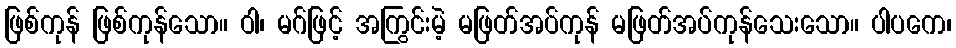
ဖြစ်ကုန် ဖြစ်ကုန်သော။ ဝါ၊ မဂ်ဖြင့် အကြွင်းမဲ့ မဖြတ်အပ်ကုန် မဖြတ်အပ်ကုန်သေးသော။ ပါပကေ၊